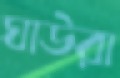
ঘাউরা